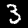
Label: 3